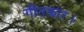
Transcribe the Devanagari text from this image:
गीतकार।